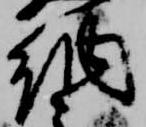
納